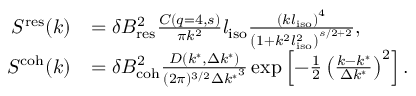
\begin{array} { r l } { S ^ { \mathrm { r e s } } ( k ) } & { = \delta B _ { \mathrm { r e s } } ^ { 2 } \frac { C ( q = 4 , s ) } { \pi k ^ { 2 } } l _ { \mathrm { i s o } } \frac { \left( k l _ { \mathrm { i s o } } \right) ^ { 4 } } { \left( 1 + k ^ { 2 } l _ { \mathrm { i s o } } ^ { 2 } \right) ^ { s / 2 + 2 } } , } \\ { S ^ { \mathrm { c o h } } ( k ) } & { = \delta B _ { \mathrm { c o h } } ^ { 2 } \frac { D ( k ^ { * } , \Delta k ^ { * } ) } { ( 2 \pi ) ^ { 3 / 2 } { \Delta k ^ { * } } ^ { 3 } } \exp \left[ { - \frac { 1 } { 2 } \left( \frac { k - k ^ { * } } { \Delta k ^ { * } } \right) ^ { 2 } } \right] . } \end{array}